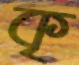
কৃ